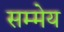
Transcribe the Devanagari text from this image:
सम्मेय